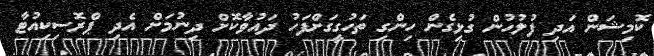
ކޮމިޝަން އަދި ފުލުހުން ގުޅިގެން ހިންގި ތަހުގީގަށްފަހު ދައުވާކޮށް ދިނުމަށް އެދި ޕްރޮސިކިއުޓާ